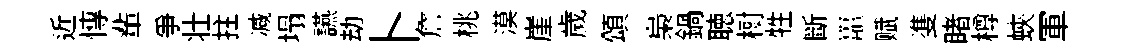
近慱輩爭壮拄减塌讌劫卜詹桃漠崖歲頌梟鍋聴𣗳牲斷鼉赋㕠睹樽蛺軍